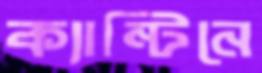
ক্যান্টিনে